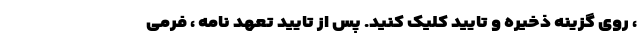
، روی گزینه ذخیره و تایید کلیک کنید. پس از تایید تعهد نامه ، فرمی